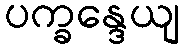
ပက္ခန္ဒေယျ